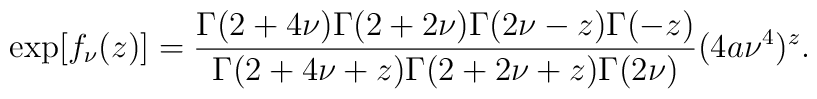
\exp [f_\nu (z)]=\frac{\Gamma (2+4\nu )\Gamma (2+2\nu )\Gamma (2\nu-z)\Gamma (-z)}{\Gamma (2+4\nu +z)\Gamma (2+2\nu +z)\Gamma (2\nu )}(4a\nu^4)^z.